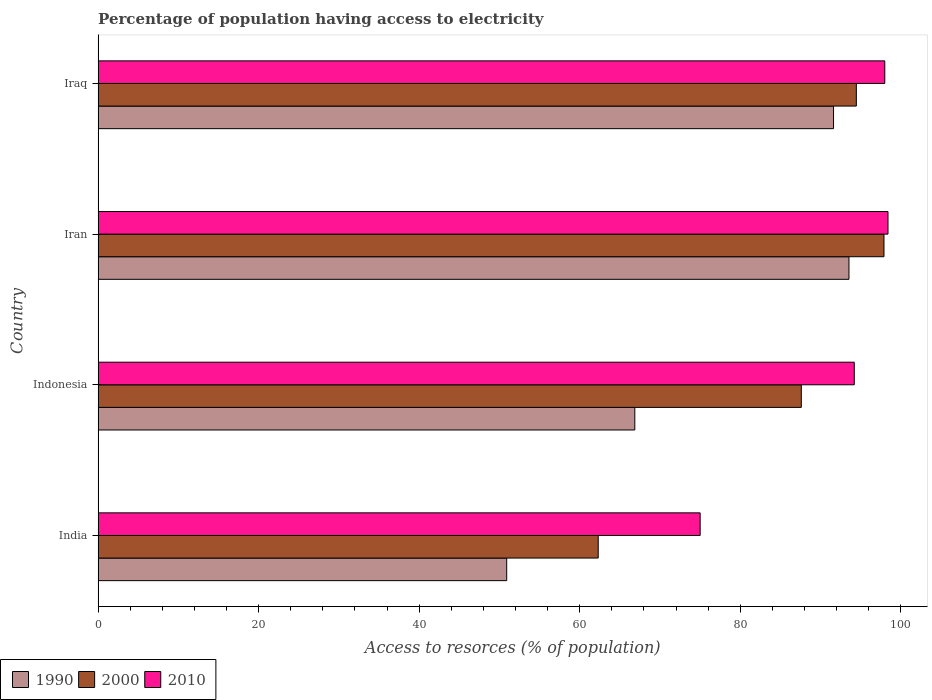
| Country | 1990 | 2000 | 2010 |
 | --- | --- | --- | --- |
 | India | 50.9 | 62.3 | 75 |
 | Indonesia | 66.9 | 87.6 | 94.2 |
 | Iran | 93.5 | 97.9 | 98.4 |
 | Iraq | 91.6 | 94.5 | 98 |